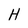
Character: H